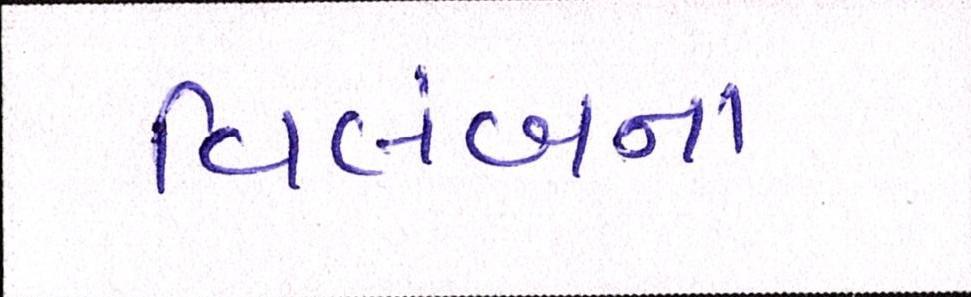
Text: વિલંબના